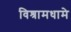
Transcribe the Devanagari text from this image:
विश्रामधामे